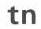
tn